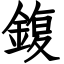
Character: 鍑